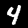
Label: 4